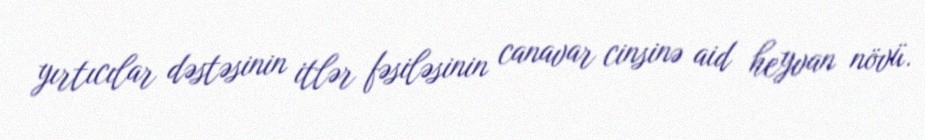
yırtıcılar dəstəsinin i̇tlər fəsiləsinin canavar cinsinə aid heyvan növü.